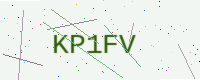
Text: KP1FV